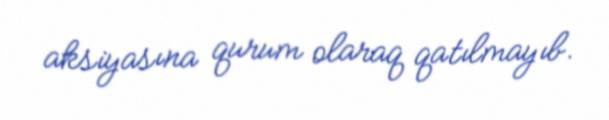
aksiyasına qurum olaraq qatılmayıb.